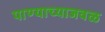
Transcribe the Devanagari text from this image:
पाण्याच्याजवळ